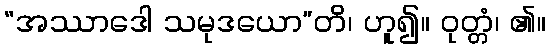
“အဿာဒေါ သမုဒယော”တိ၊ ဟူ၍။ ဝုတ္တံ၊ ၏။